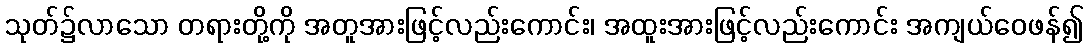
သုတ်၌လာသော တရားတို့ကို အတူအားဖြင့်လည်းကောင်း၊ အထူးအားဖြင့်လည်းကောင်း အကျယ်ဝေဖန်၍